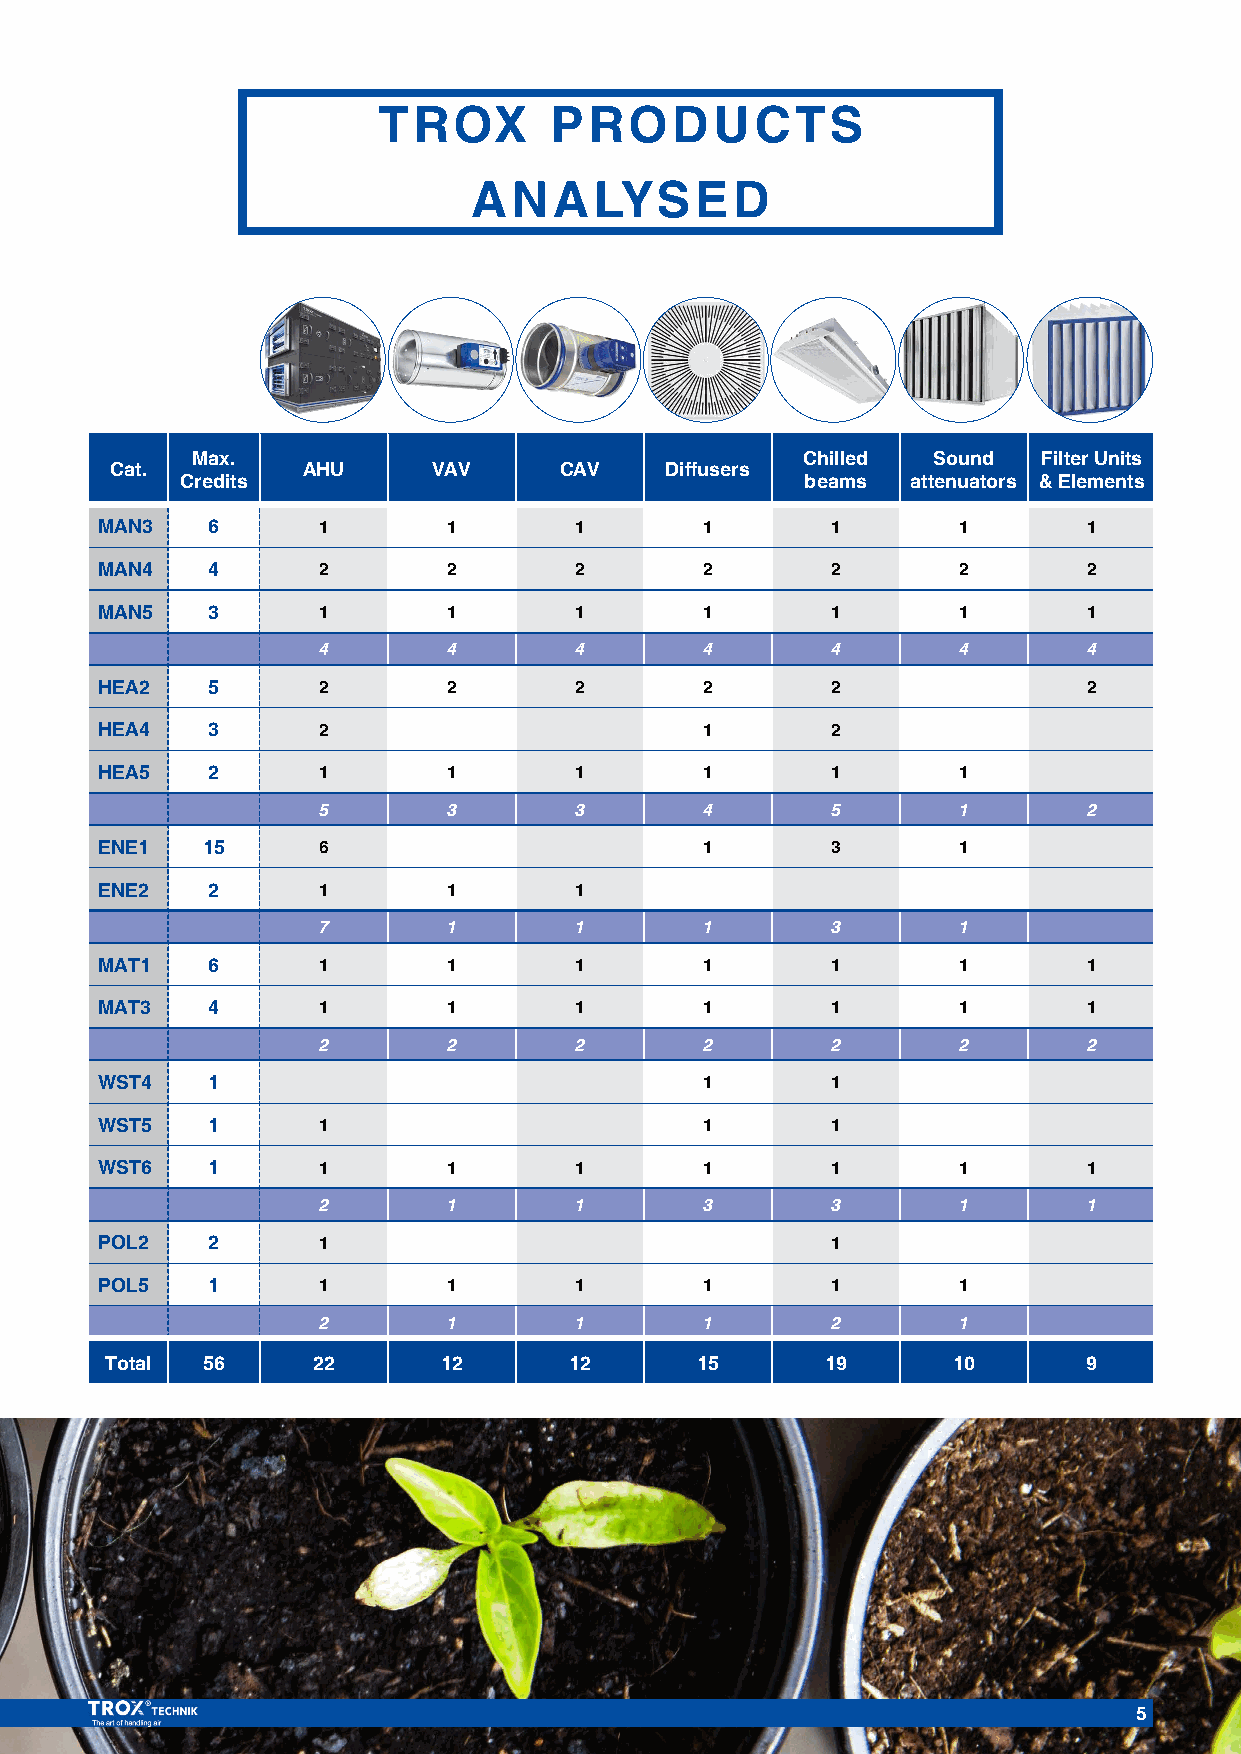
TROX       PRODUCTS
 ANALYSED
 Max.                                    Chilled  Sound  Filter Units
 Cat.         AHU      VAV     CAV    Diffusers
 Credits                                  beams  attenuators & Elements
 MAN3    6      1        1       1       1        1       1        1
 MAN4    4      2        2       2       2        2       2        2
 MAN5    3      1        1       1       1        1       1        1
 4        4       4       4        4       4        4
 HEA2    5      2        2       2       2        2                2
 HEA4    3      2                        1        2
 HEA5    2      1        1       1       1        1       1
 5        3       3       4        5       1        2
 ENE1   15      6                        1        3       1
 ENE2    2      1        1       1
 7        1       1       1        3       1
 MAT1    6      1        1       1       1        1       1        1
 MAT3    4      1        1       1       1        1       1        1
 2        2       2       2        2       2        2
 WST4    1                               1        1
 WST5    1      1                        1        1
 WST6    1      1        1       1       1        1       1        1
 2        1       1       3        3       1        1
 POL2    2      1                                 1
 POL5    1      1        1       1       1        1       1
 2        1       1       1        2       1
 Total 56      22      12       12      15       19      10       9
 5